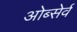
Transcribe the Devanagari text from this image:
ओब्सेर्व